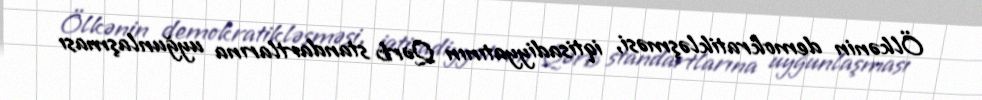
Ölkənin demokratikləşməsi, iqtisadiyyatının Qərb standartlarına uyğunlaşması